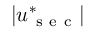
\left| \boldsymbol u _ { \mathrm { ~ s ~ e ~ c ~ } } ^ { * } \right|